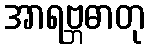
အာရဗ္ဘဓာတု